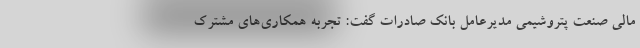
مالی صنعت پتروشیمی مدیرعامل بانک صادرات گفت: تجربه همکاری‌های مشترک